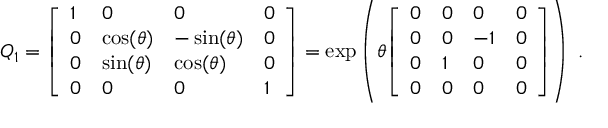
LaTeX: Q _ { 1 } = { \left[ \begin{array} { l l l l } { 1 } & { 0 } & { 0 } & { 0 } \\ { 0 } & { \cos ( \theta ) } & { - \sin ( \theta ) } & { 0 } \\ { 0 } & { \sin ( \theta ) } & { \cos ( \theta ) } & { 0 } \\ { 0 } & { 0 } & { 0 } & { 1 } \end{array} \right] } = \exp \left( \theta { \left[ \begin{array} { l l l l } { 0 } & { 0 } & { 0 } & { 0 } \\ { 0 } & { 0 } & { - 1 } & { 0 } \\ { 0 } & { 1 } & { 0 } & { 0 } \\ { 0 } & { 0 } & { 0 } & { 0 } \end{array} \right] } \right) ~ .